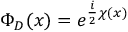
\Phi _ { D } ( x ) = e ^ { { \frac { i } { 2 } } \chi ( x ) }